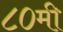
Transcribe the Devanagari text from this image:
८०मी